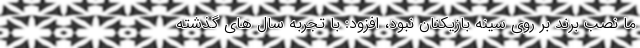
ما نصب برند بر روی سینه بازیکنان نبود، افزود: با تجربه سال های گذشته